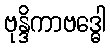
ဗုန္ဒိကာဗဒ္ဓေါ